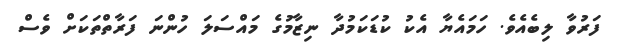
ފަރުވާ ލިބެއެވެ. ހަމައެޔާ އެކު ކުޑަކަމުދާ ނިޒާމުގެ މައްސަލަ ހުންނަ ފަރާތްތަކަށް ވެސް